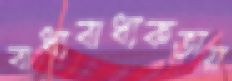
বাধ্যবাধ্যকতায়